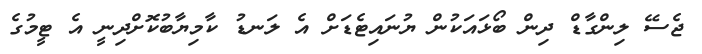
ޖެސޭ ލިންގާޑް ދިން ބޯޅައަކުން ޔުނައިޓެޑަށް އެ ލަނޑު ކާމިޔާބުކޮށްދިނީ އެ ޓީމުގެ